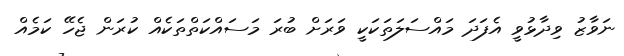
ނަވާޒު ވިދާޅުވީ އެފަދަ މައްސަލަތަކަކީ ވަރަށް ބުރަ މަސައްކަތްތަކެއް ކުރަން ޖެހޭ ކަމެއް